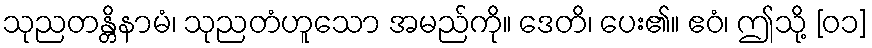
သုညတန္တိနာမံ၊ သုညတံဟူသော အမည်ကို။ ဒေတိ၊ ပေး၏။ ဧဝံ၊ ဤသို့ [၀၁]